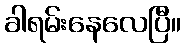
ခါရမ်းနေလေပြီ။